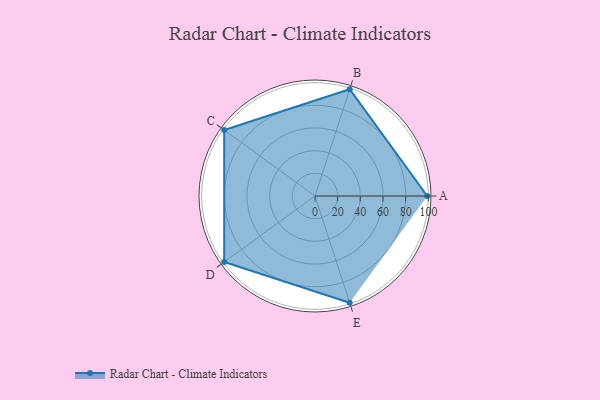
{"axis": {"x": "Skill", "y": "Score"}, "legend": ["Profile"], "data": [{"x": "A", "y": 99, "type": "Profile"}, {"x": "B", "y": 99, "type": "Profile"}, {"x": "C", "y": 99, "type": "Profile"}, {"x": "D", "y": 99, "type": "Profile"}, {"x": "E", "y": 99, "type": "Profile"}]}